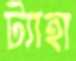
ট্যাহা